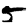
Digit: 5